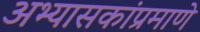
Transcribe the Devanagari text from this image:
अभ्यासकांप्रमाणे